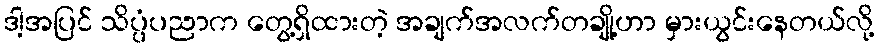
ဒါ့အပြင် သိပ္ပံပညာက တွေ့ရှိထားတဲ့ အချက်အလက်တချို့ဟာ မှားယွင်းနေတယ်လို့